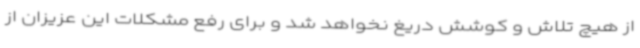
از هیچ تلاش و کوشش دریغ نخواهد شد و برای رفع مشکلات این عزیزان از